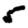
Digit: 5